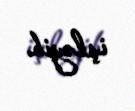
işləyib.